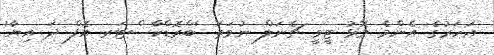
އަހަރުގެ އެންމެ މޮޅު ޓީވީ ޗެނަލް ނުވަތަ 'ބްރޮޑްކާސްޓަރ އޮފް ދަ އިޔާ'